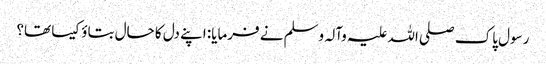
رسول پاک صلی اللہ علیہ وآلہ وسلم نے فرمایا: اپنے دل کا حال بتاؤ کیسا تھا؟